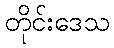
တိုင်းဒေသ